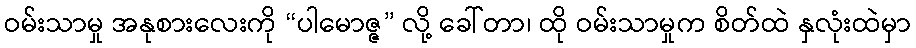
ဝမ်းသာမှု အနုစားလေးကို “ပါမောဇ္ဇ” လို့ ခေါ်တာ၊ ထို ဝမ်းသာမှုက စိတ်ထဲ နှလုံးထဲမှာ